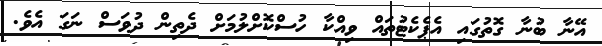
އޭނާ ބުނާ ގޮތުގައި އެޕެކެޓުތައް ވިއްކާ ހުސްކޮށްލުމަށް ދެތިން ދުވަސް ނަގަ އެވެ.